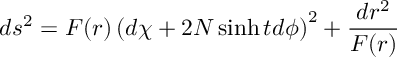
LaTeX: d s ^ { 2 } = F ( r ) \left( d \chi + 2 N \sinh t d \phi \right) ^ { 2 } + \frac { d r ^ { 2 } } { F ( r ) }